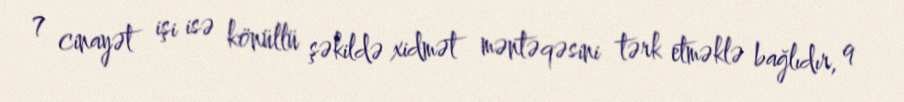
7 cinayət işi isə könüllü şəkildə xidmət məntəqəsini tərk etməklə bağlıdır, 9